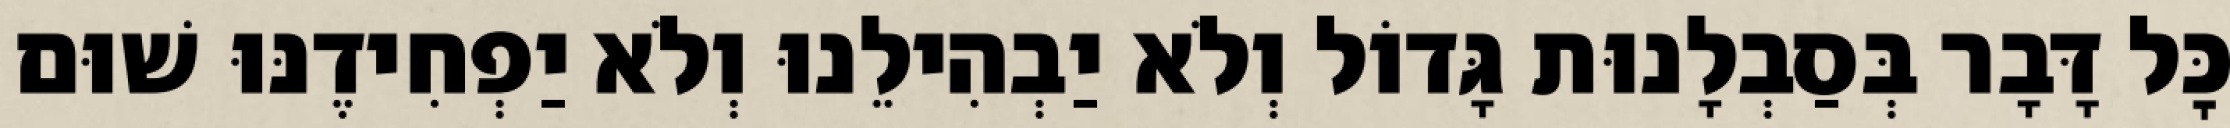
כׇּל דָּבָר בְּסַבְלָנוּת גָּדוֹל וְלֹא יַבְהִילֵנוּ וְלֹא יַפְחִידֶנּוּ שׁוּם